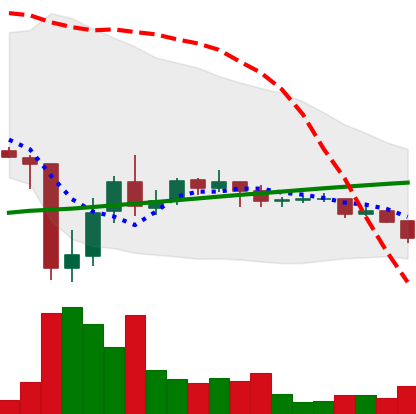
Ticker: DOGE-USD
Chart end date: 2021-07-08
Forward return: -3.658%
Label: down_3_5